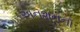
અનશનનૉ